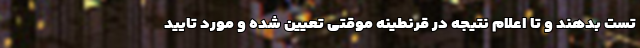
تست بدهند و تا اعلام نتیجه در قرنطینه موقتی تعیین شده و مورد تایید